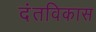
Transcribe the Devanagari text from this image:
दंतविकास